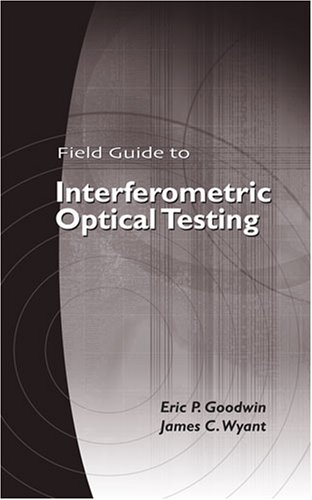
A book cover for Field Guide to Interferometric Optical Testing (SPIE Field Guide Series Vol. FG10); Eric P. Goodwin; Science & Math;